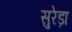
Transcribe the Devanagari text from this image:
सुरेड़ा